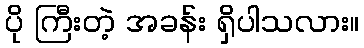
ပို ကြီးတဲ့ အခန်း ရှိပါသလား။